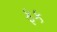
ફક